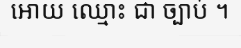
អោយ ឈ្មោះ ជា ច្បាប់ ។